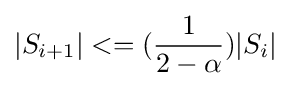
|S_{i+1}|<=({\dfrac {1}{2-\alpha }})|S_{i}|